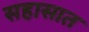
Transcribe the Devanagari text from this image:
सहासात